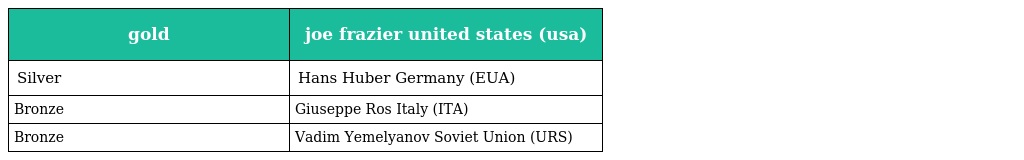
| gold | joe frazier united states (usa) |
 | --- | --- |
 | Silver | Hans Huber Germany (EUA) |
 | Bronze | Giuseppe Ros Italy (ITA) |
 | Bronze | Vadim Yemelyanov Soviet Union (URS) |